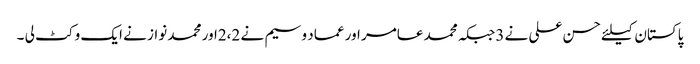
پاکستان کیلئے حسن علی نے 3جبکہ محمد عامر اور عماد وسیم نے 2،2اور محمد نواز نے ایک وکٹ لی ۔